Annual administration report of the Civil Veterinary Department of India - 1894-1895
Year: 1894
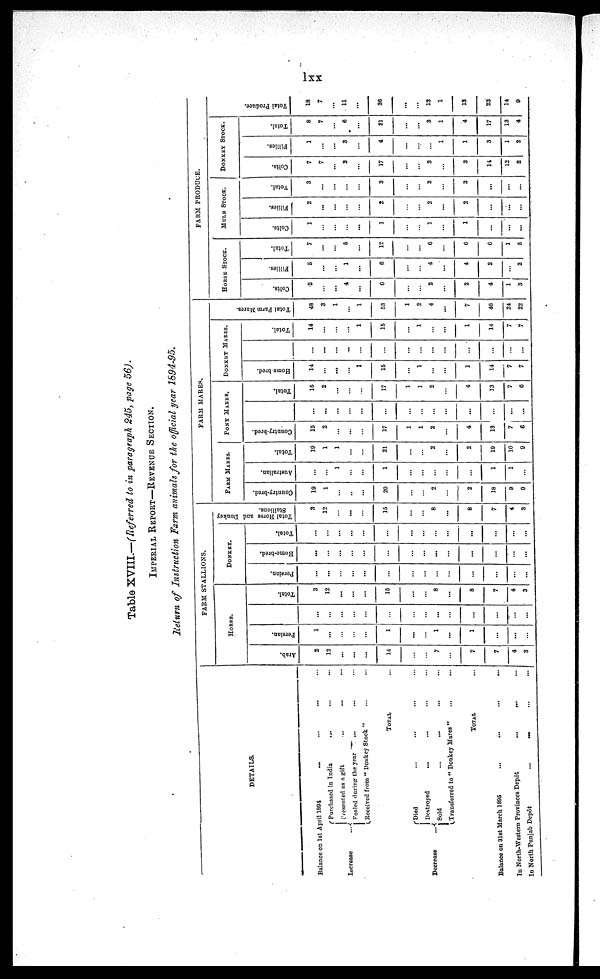
lxx
Table XVIII.—(Referred to in paragraph 245, page 56).
IMPERIAL REPORT—REVENUE SECTION.
Return of Instruction Farm animals for the official year 1894-95.
DETAILS.
Balance on 1st April 1891
............
Increase
...
Purchased in India...
......
Presented as
a
gift...
......
Fouled during the year... ......
Received from "Donkey Stock"......
TOTAL
Decrease ...
Died ... ... ... ...
Destroyed ... ... ... ...
Sold
.........
...
Transferred to "Donkey Mares"... ...
TOTAL...
Balance on 31st March 1895
.............
In North-Western Provinces Depôt
...... ...
In North Punjab Depôt
......
......
FARM STALLIONS.
HORSE.
Arab.
2
12
...
...
...
14
...
...
7
...
7
7
4
3
Persian.
1
...
...
...
...
1
...
...
1
...
1
...
...
...
...
...
...
...
...
...
...
...
...
...
...
Total.
3
12
...
...
...
15
...
...
8
...
8
7
4
3
DONKEY.
Persian.
...
...
...
...
...
...
...
...
...
...
...
...
...
Home-bred.
...
...
...
...
...
...
...
...
...
...
...
...
...
Total.
...
...
...
...
...
...
...
...
...
...
...
...
...
Total Horse and Donkey
Stallions
3
12
...
...
...
15
...
...
8
...
8
7
4
3
FARM MARES.
FARM MARES.
Country-bred.
19
1
...
...
...
20
...
...
2
...
2
18
9
9
Australian.
...
...
1
...
...
1
...
...
...
...
...
1
1
...
Total.
19
1
1
...
...
21
...
...
2
...
2
19
10
9
PONY MARES.
Country-bred.
15
2
...
...
...
17
1
1
2
...
4
13
7
6
...
...
...
...
...
...
...
...
...
...
...
...
...
Total.
15
2
...
...
...
17
1
1
2
...
4
13
7
6
DONKEY MARES.
Home bred.
14
...
...
...
1
15
...
1
...
...
1
14
7
7
...
...
...
...
...
...
...
...
...
...
...
...
. . .
Total.
14
...
...
...
1
15
...
1
...
...
1
14
7
7
Total Farm Mares.
48
3
1
...
1
53
1
2
4
...
7
46
24
22
FARM PRODUCE.
HORSE STOCK.
Colts.
.2
...
...
4
...
6
...
...
2
...
2
4
1
3
Fillies.
5
...
...
1
...
6
...
...
4
...
4
2
...
2
Total.
7
...
...
5
...
12
...
...
6
...
6
6
1
5
MULE STOCK.
Colts.
1
...
...
...
...
1
...
...
1
...
1
...
...
...
Filiies.
2
...
...
...
...
2
...
...
2
...
2
...
...
...
Total.
3
...
...
...
...
3
...
...
3
...
3
...
...
...
DONKEY
STOCK.
Colts.
7
7
...
3
...
17
...
...
3
...
3
14
12
2
Fillies.
1
...
...
3
...
4
...
...
1
1
3
1
2
Total.
8
7
...
6
...
21
...
...
3
1
4
17
13
4
Total Pr oduce.
18
7
...
11
...
36
...
...
12
1
13
23
14
9